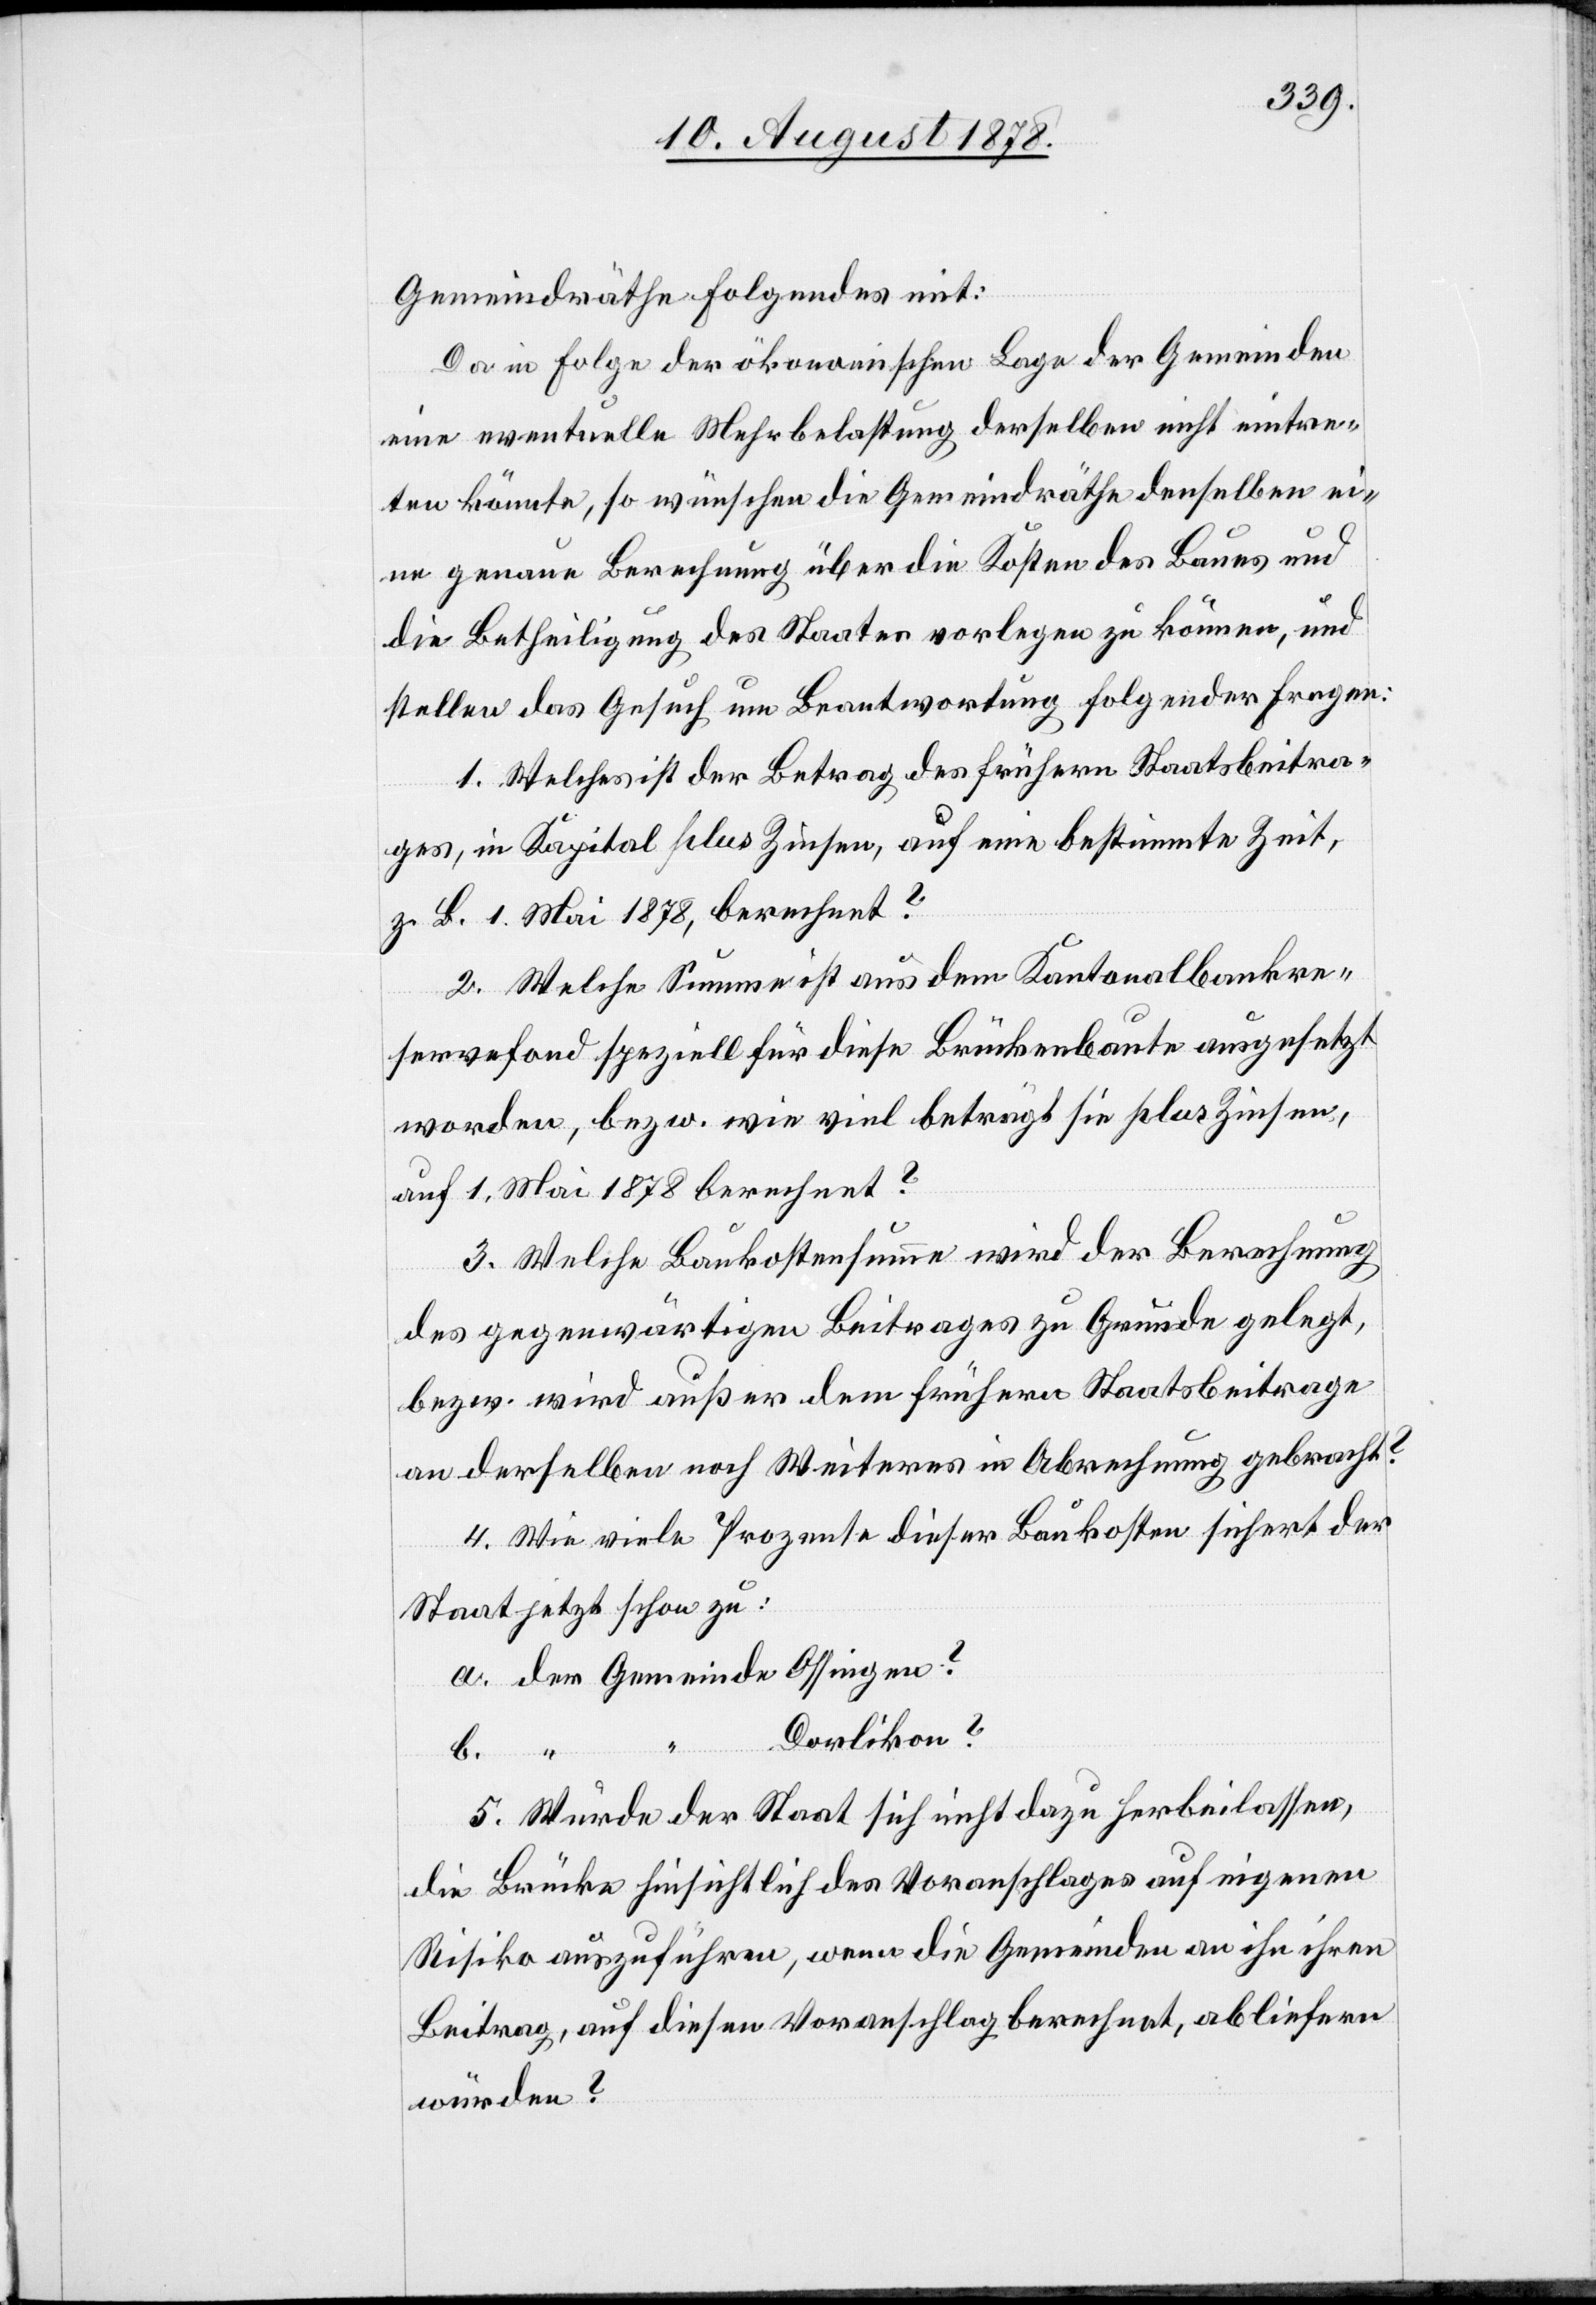
würde?
Gemeindräthe Folgendes mit:
Da in Folge der ökonomischen Lage der Gemeinden
eine eventuelle Mehrbelastung derselben nicht eintre¬
ten könnte, so wünschen die Gemeindräthe derselben ei¬
ne genaue Berechnung über die Kosten des Baues und
die Betheiligung des Staates vorlegen zu können, und
stellen das Gesuch um Beantwortung folgender Fragen:
1. Welches ist der Betrag des frühern Staatsbeitra¬
ges, in Kapital plus Zinsen, auf eine bestimmte Zeit,
z. B. 1. Mai 1878, berechnet?
2. Welche Summe ist aus dem Kantonalbankre¬
servefond speziell für diese Brückenbaute ausgesetzt
worden, bezw. wie viel beträgt sie plus Zinsen,
auf 1. Mai 1878 berechnet?
3. Welche Baukostensumme wird der Berechnung
des gegenwärtigen Beitrages zu Grunde gelegt,
bezw. wird außer dem frühern Staatsbeitrage
an derselben noch Weiteres in Abrechnung gebracht?
4. Wie viele Prozente dieser Baukosten sichert der
Staat jetzt schon zu:
a. der Gemeinde Ossingen?
Dorlikon?
5. Würde der Staat sich nicht dazu herbeilassen,
die Brücke hinsichtlich des Voranschlages auf eigenes
Risiko auszuführen, wenn die Gemeinde an ihn ihren
Beitrag, auf diesen Voranschlag berechnet, abliefern